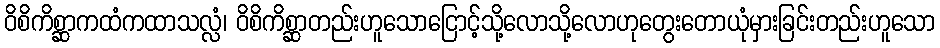
ဝိစိကိစ္ဆာကထံကထာသလ္လံ၊ ဝိစိကိစ္ဆာတည်းဟူသောငြောင့်သို့လောသို့လောဟုတွေးတောယုံမှားခြင်းတည်းဟူသော